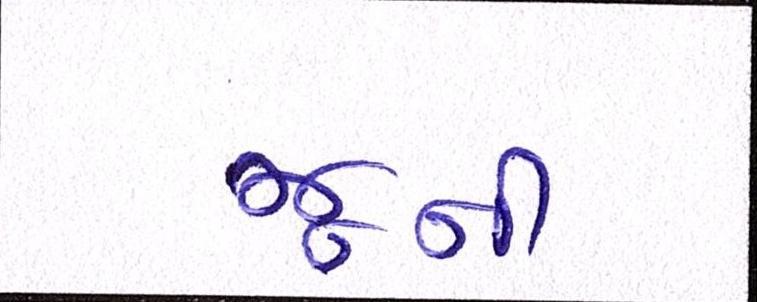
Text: જૂની